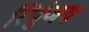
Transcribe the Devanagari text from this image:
रिपुंजय